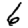
Digit: 6